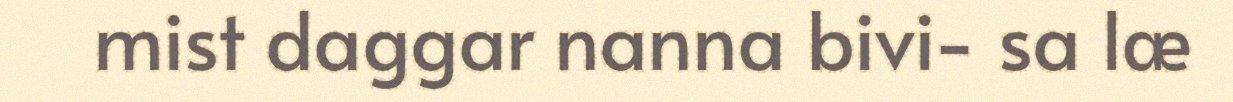
mist daggar nanna bivi- sa læ